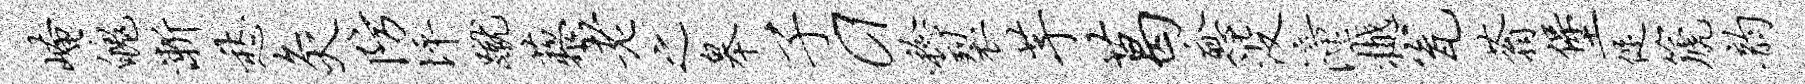
崦魄渐愁灸防坪蹴藜老之皋子a稔裂芋葛愈没潼樾瓮蓊堡促篪韵